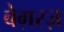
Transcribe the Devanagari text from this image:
बेग़रज़